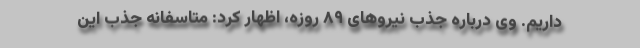
داریم. وی درباره جذب نیروهای ۸۹ روزه، اظهار کرد: متاسفانه جذب این